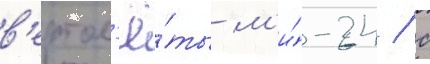
в'ертол'ё́ты м'и́-24 / с